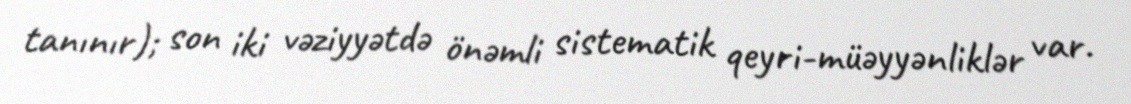
tanınır); son iki vəziyyətdə önəmli sistematik qeyri-müəyyənliklər var.